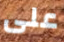
على